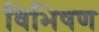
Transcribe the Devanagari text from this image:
विभिषण